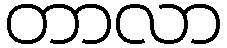
တာလာ